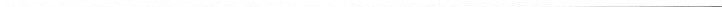
___